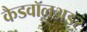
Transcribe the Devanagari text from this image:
कैडवॉलअडर